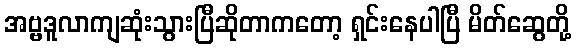
အဗ္ဗဒူလာကျဆုံးသွားပြီဆိုတာကတော့ ရှင်းနေပါပြီ မိတ်ဆွေတို့